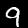
Digit: 9